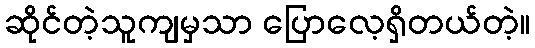
ဆိုင်တဲ့သူကျမှသာ ပြောလေ့ရှိတယ်တဲ့။